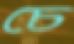
চে